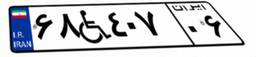
۶۸W۴۰۷۰۶